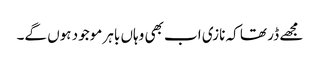
مجھے ڈر تھا کہ نازی اب بھی وہاں باہر موجود ہوں گے۔